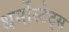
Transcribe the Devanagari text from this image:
थर्मोस्टेट्स